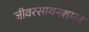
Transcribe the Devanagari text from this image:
जीवरसायनशास्त्र